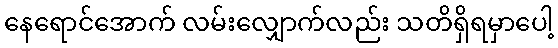
နေရောင်အောက် လမ်းလျှောက်လည်း သတိရှိရမှာပေါ့